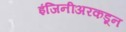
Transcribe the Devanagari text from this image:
इंजिनीअरकडून